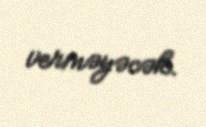
verməyəcək.